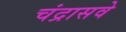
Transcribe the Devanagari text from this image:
चंद्रासवे